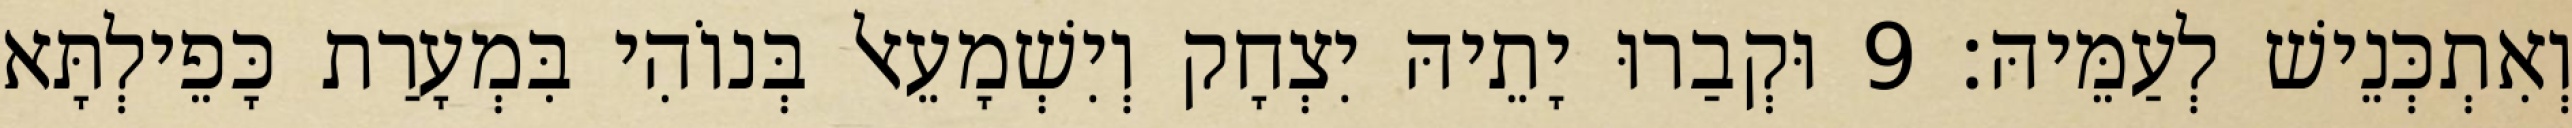
וְאִתְכְּנֵישׁ לְעַמֵּיהּ׃ 9 וּקְבַרוּ יָתֵיהּ יִצְחָק וְיִשְׁמָעֵאל בְּנוֹהִי בִּמְעָרַת כָּפֵילְתָּא